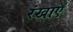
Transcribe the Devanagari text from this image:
रंखाएँ